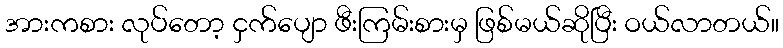
အားကစား လုပ်တော့ ငှက်ပျော ဖီးကြမ်းစားမှ ဖြစ်မယ်ဆိုပြီး ဝယ်လာတယ်။